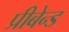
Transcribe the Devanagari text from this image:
प्रीबेन्ड